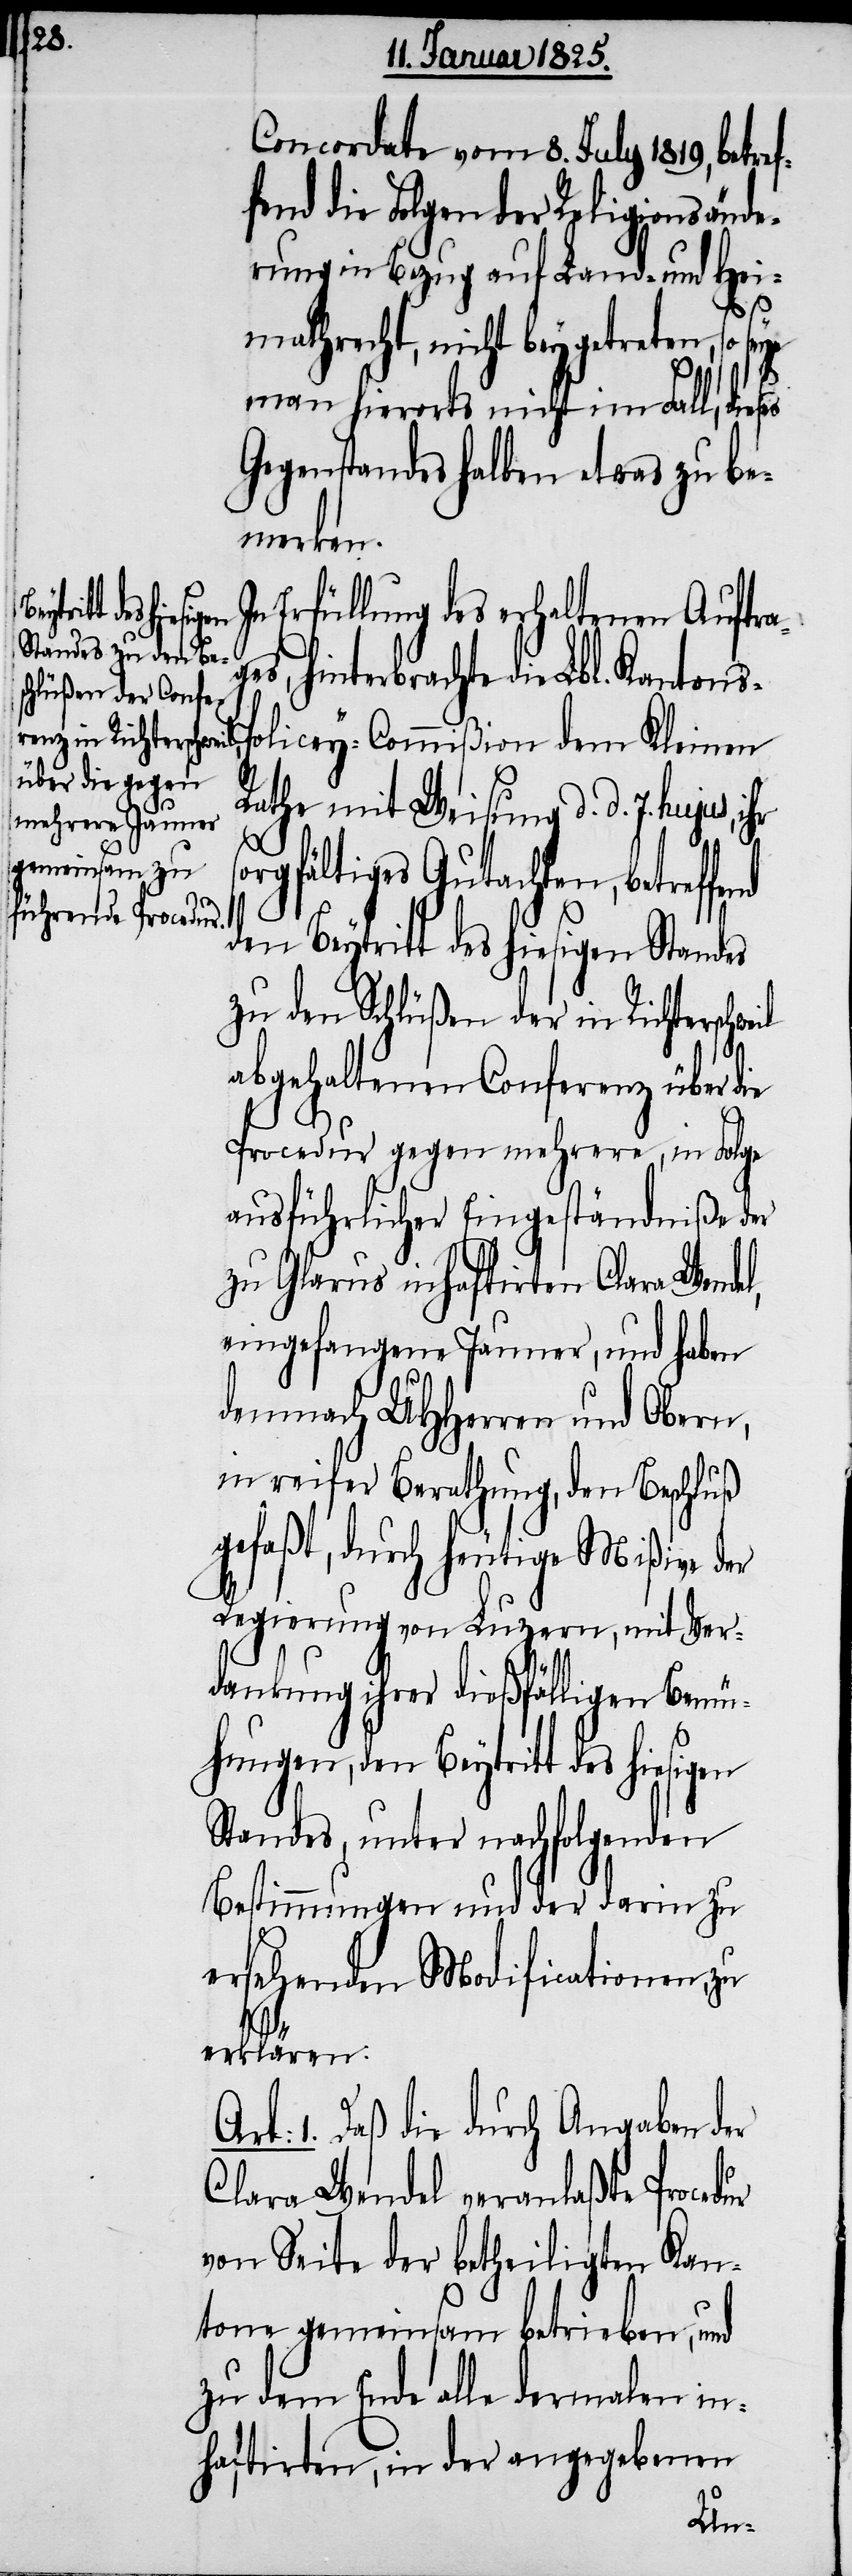
des hiesigen

Concordate vom 8. July 1819, bet¬
fend die Folgen der Religionsände¬
rung in Bezug auf Land- und Hei¬
mathrecht, nicht beygetreten, so
il
man hierorts nicht im Fall, die¬
Gegenstandes halben etwas zu be¬
merken.
Erfüllung des erhaltenen Auftra¬
hinterbrachte die Lbl. Kantons-P¬
olicey-Commißion dem Kleinen
Rathe mit Weisung d. d. 7. h¬
orgfältiges Gutachten, betreffe¬
den Beytritt des hiesigen Standes
zu den Schlüßen der in Richterschwe¬
abgehaltenen Conferenz über die
Procedur gegen mehrere, in Folge
ausführlicher Eingeständniße der
zu Glarus inhaftirten Clara Wendel,
eingefangene Jauner, und haben
demnach UHHerren und Obern,
in reifer Berathung, den Beschluß
gefaßt, durch heutige Mißive der
Regierung von Luzern, mit Ver¬
dankung ihrer dießfälligen Bemü¬
Standes, unter nachfolgenden
Bestimmungen und der darin zu
ersehenden Modificationen, zu
erklären:
Art: 1. Daß die durch Angaben der
Clara Wendel veranlaßte Procedur
von Seite der betheiligten Kan¬
tone gemeinsam betrieben, und
zu dem Ende alle dermalen in¬
haftirten, in der angegebenen
gen,